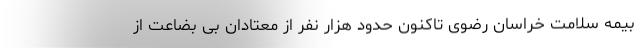
بیمه سلامت خراسان رضوی تاکنون حدود هزار نفر از معتادان بی بضاعت از